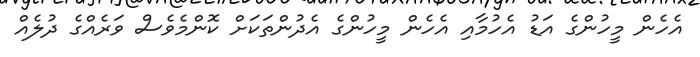
އެހެން މީހުންގެ އަޑު އެހުމާއި އެހެން މީހުންގެ އެދުންތަކަށް ކޮންމެވެސް ވަރެއްގެ ދުލެއް